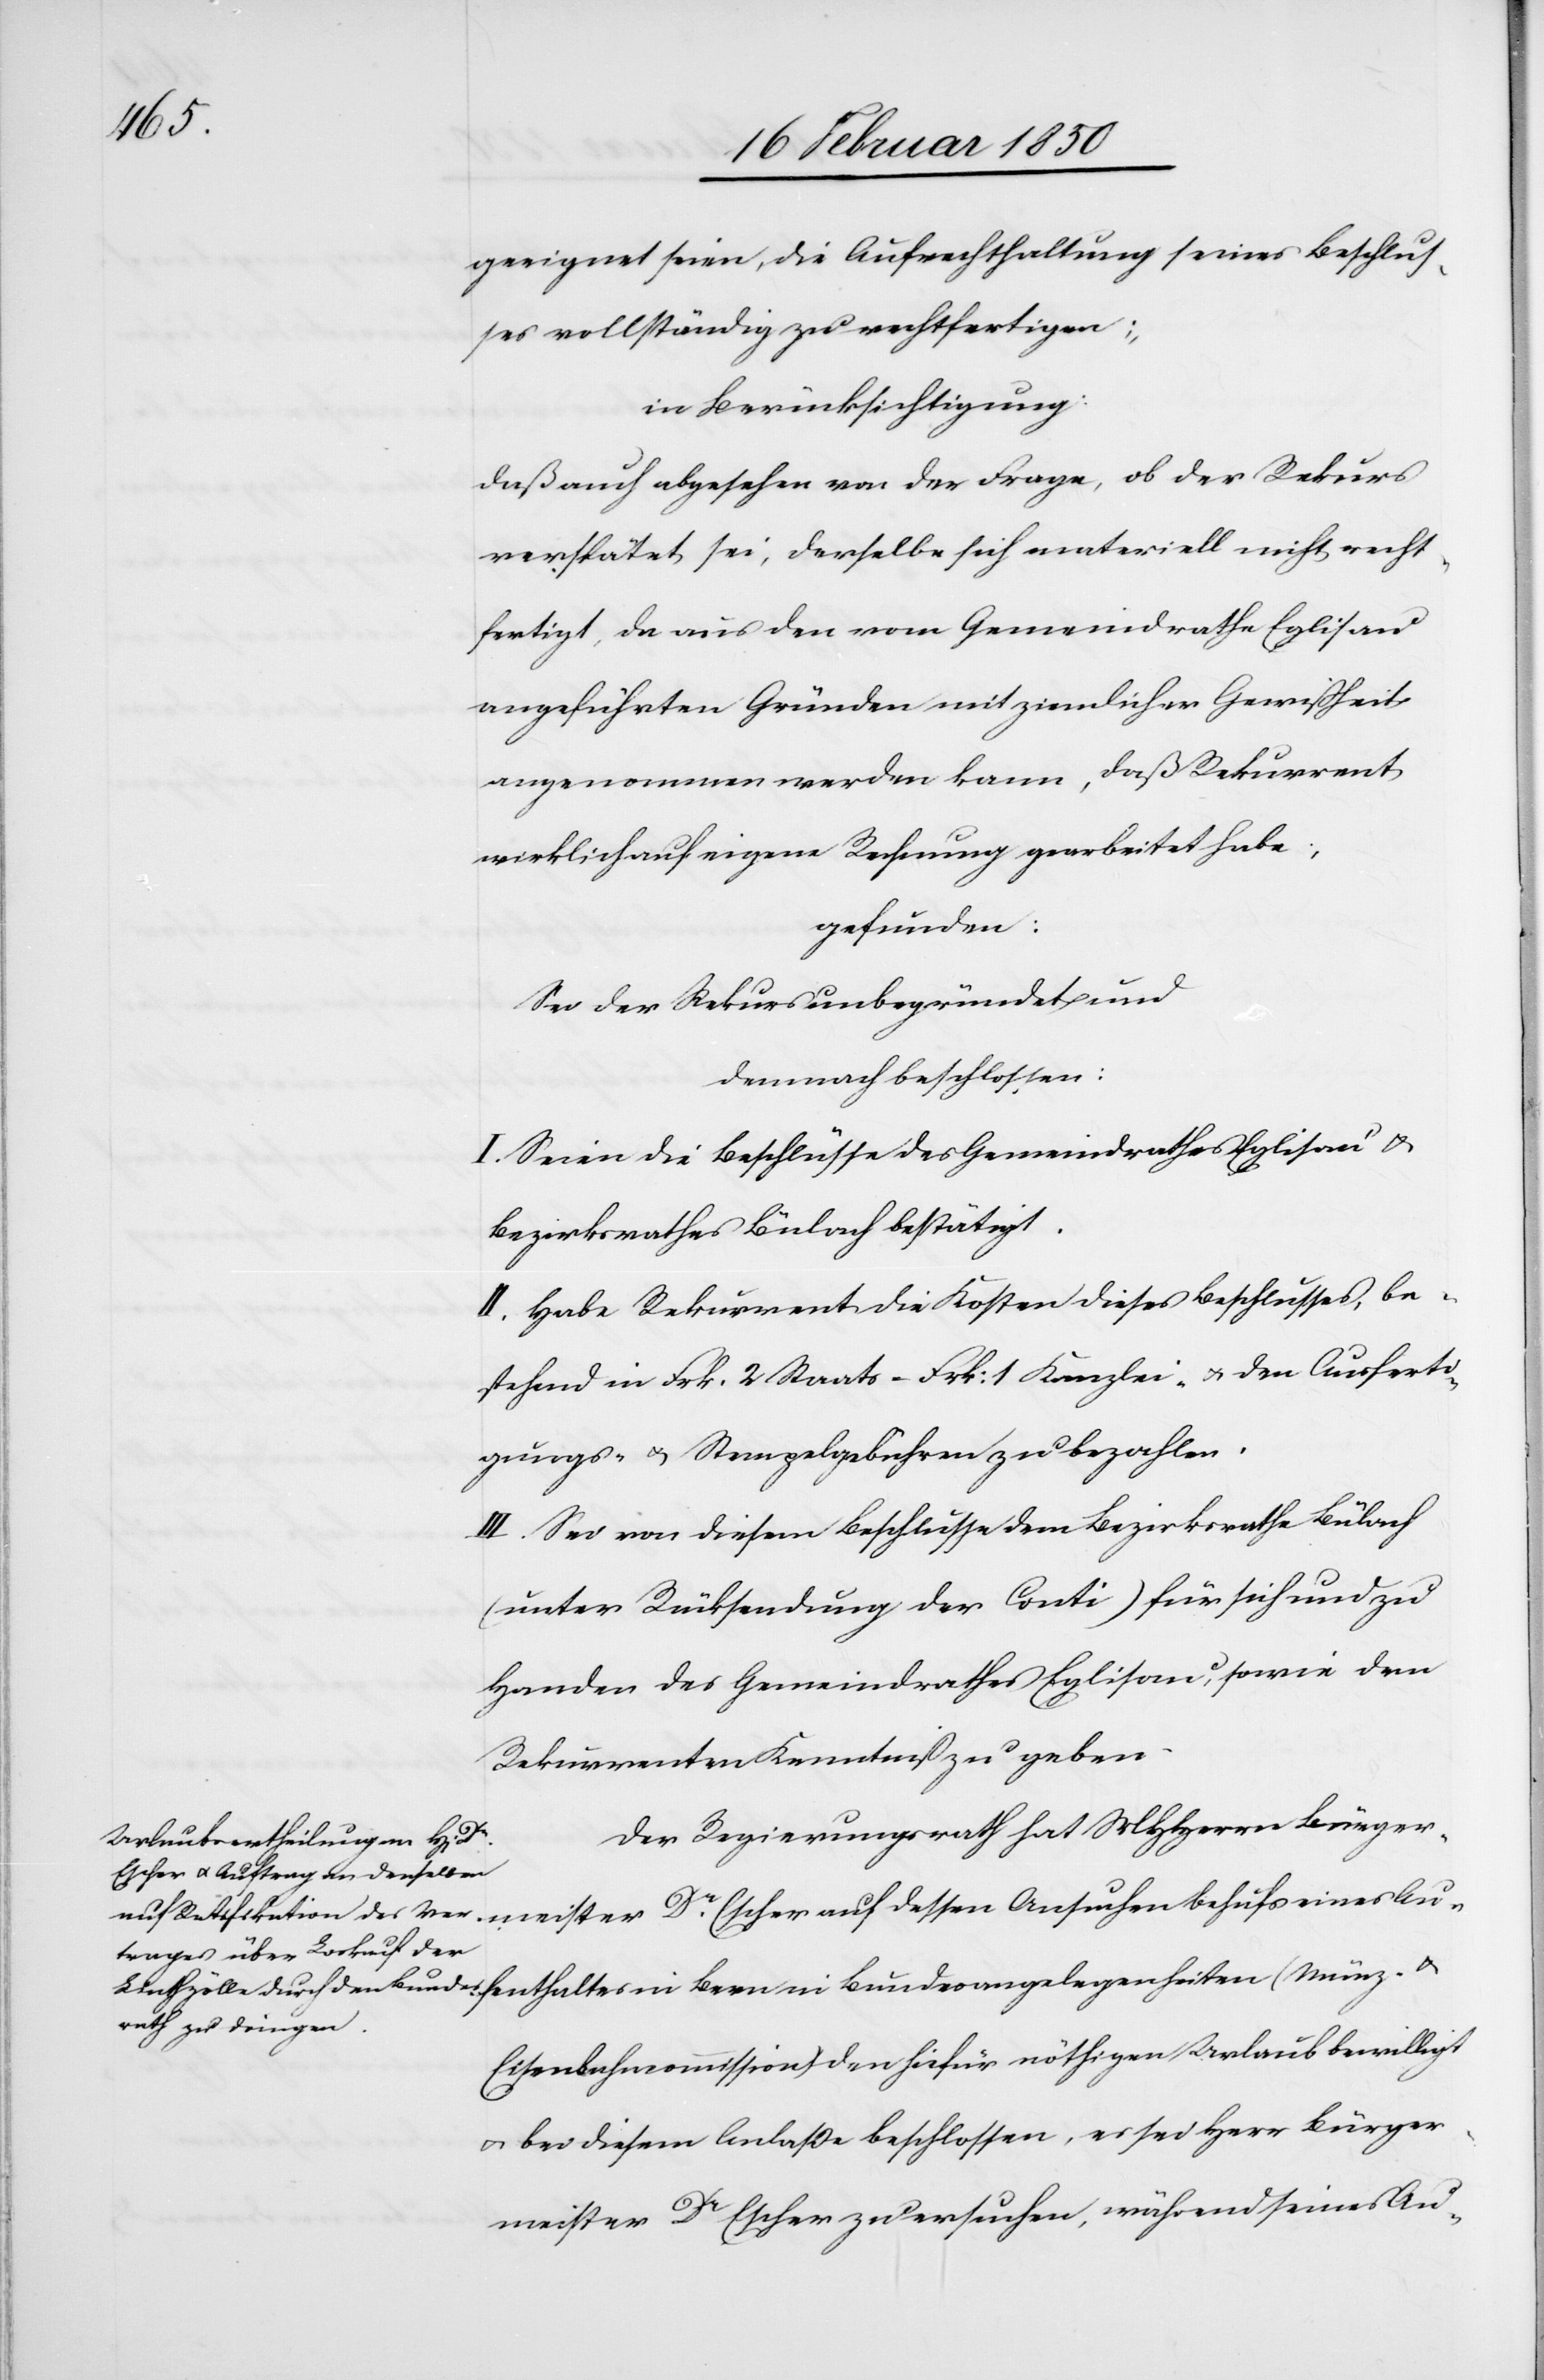
meister

geeignet seien, die Aufrechthaltung seines Beschlus¬
ses vollständig zu rechtfertigen;
in Berücksichtigung:
Daß auch abgesehen von der Frage, ob der Rekurs
verspätet sei, derselbe sich materiell nicht recht¬
fertigt, da aus den vom Gemeindrathe Eglisau
angeführten Gründen mit ziemlicher Gewißheit
angenommen werden kann, daß Rekurrent
wirklich auf eigene Rechnung gearbeitet habe;
gefunden:
Sei der Rekurs unbegründet und
demnach beschlossen:
I. Seien die Beschlüsse des Gemeindrathes Eglisau u.
Bezirksrathes Bülach bestätigt.
II. Habe Rekurrent die Kosten dieses Beschlusses, be¬
stehend in Frk. 2 Staats- Frk: 1 Kanzlei- u. den Ausferti¬
gungs- u. Stempelgebühren zu bezahlen.
III. Sei von diesem Beschlusse dem Bezirksrathe Bülach
(unter Rücksendung der Conti) für sich und zu
Handen des Gemeindrathes Eglisau, sowie dem
Rekurrenten Kenntniß zu geben.
Der Regierungsrath hat MHHerrn Bürger¬
Eisenbahncommission) den hiefür nöthigen Urlaub bewilligt
u. bei diesem Anlaße beschlossen, es sei Herr Bürger¬
meister Dr Escher zu ersuchen, während seines Au-